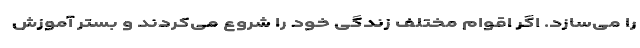
را می‌سازد. اگر اقوام مختلف زندگی خود را شروع می‌کردند و بستر آموزش